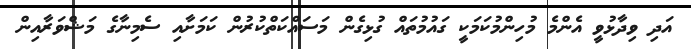
އަދި ވިދާޅުވީ އެންމެ މުހިންމުކަމަކީ ގައުމުތައް ގުޅިގެން މަސައްކަތްކުރުން ކަމަށާއި ސެމިނާގެ މަޝްވަރާއިން